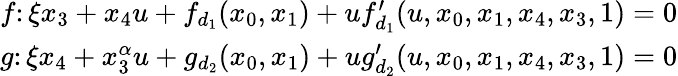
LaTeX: \begin{array}{r}{f\colon\xi x_{3}+x_{4}u+f_{d_{1}}(x_{0},x_{1})+uf_{d_{1}}^{\prime}(u,x_{0},x_{1},x_{4},x_{3},1)=0}\\ {g\colon\xi x_{4}+x_{3}^{\alpha}u+g_{d_{2}}(x_{0},x_{1})+ug_{d_{2}}^{\prime}(u,x_{0},x_{1},x_{4},x_{3},1)=0}\end{array}